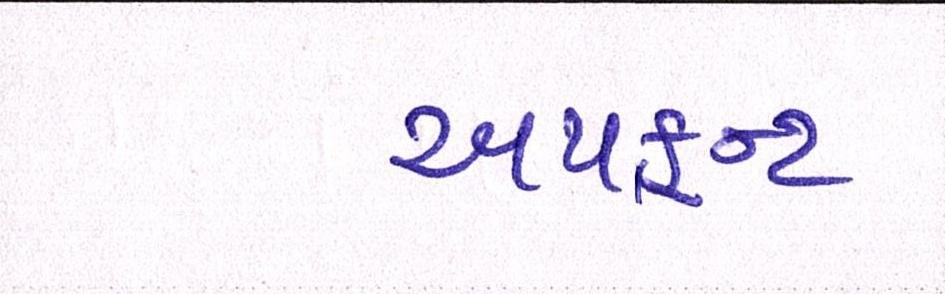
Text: અપફ્રન્ટ